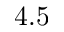
4 . 5